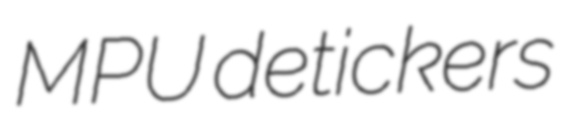
MPU detickers